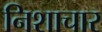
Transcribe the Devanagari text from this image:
निशाचार